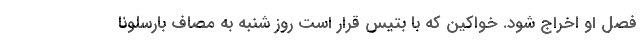
فصل او اخراج شود. خواکین که با بتیس قرار است روز شنبه به مصاف بارسلونا